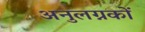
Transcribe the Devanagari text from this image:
अनुलग्नकों